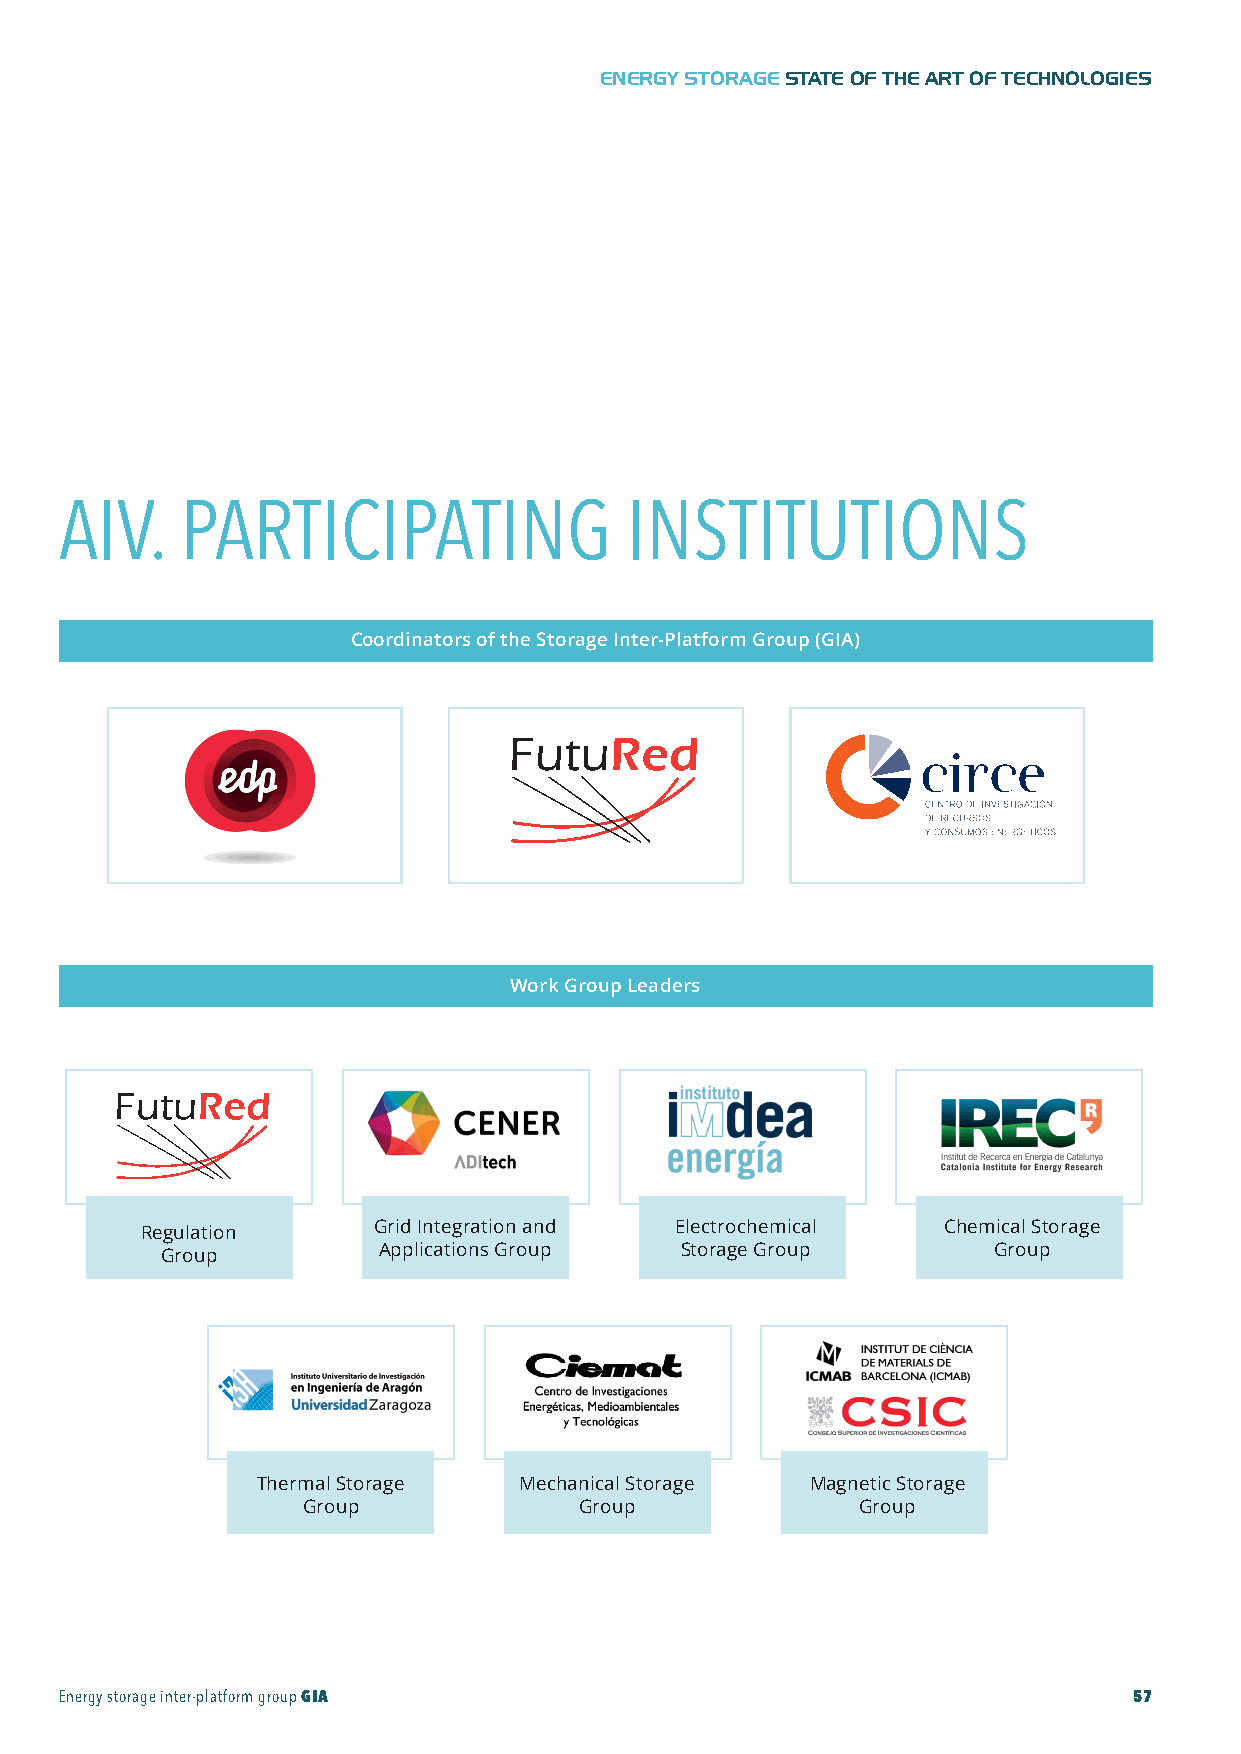
GIA-Maqueta-ENG 18/11/2015 10:05 Página 57
 ENERGY STORAGESTATE OF THE ART OF TECHNOLOGIES
 AIV.    PARTICIPATING                INSTITUTIONS
 Coordinators of the Storage Inter-Platform Group (GIA)
 Work Group Leaders
 Regulation      Grid Integration and Electrochemical Chemical Storage
 Group         Applications Group  Storage Group        Group
 Thermal Storage  Mechanical Storage Magnetic Storage
 Group             Group              Group
 Energy storage inter-platform groupGIA                                 57